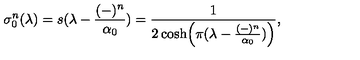
\sigma _ { 0 } ^ { n } ( \lambda ) = s ( \lambda - { \frac { ( - ) ^ { n } } { \alpha _ { 0 } } } ) = { \frac { 1 } { 2 \cosh \Bigl ( \pi ( \lambda - { \frac { ( - ) ^ { n } } { \alpha _ { 0 } } } ) \Bigr ) } } ,